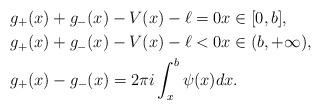
LaTeX: \begin{align*}&g_+(x) + g_-(x) - V(x)-\ell = 0 x\in[0,b] ,\\&g_+(x) + g_-(x) - V(x)-\ell < 0 x\in (b,+\infty), \\&g_+(x) - g_-(x) = 2\pi i \int^{b}_x \psi(x) dx.\end{align*}